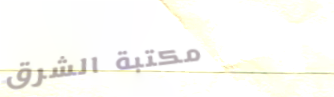
مكتبة الشرق